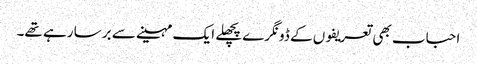
احباب بھی تعریفوں کے ڈونگرے پچھلے ایک مہینے سے برسا رہے تھے۔